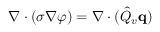
\nabla \cdot ( \sigma \nabla \varphi ) = \nabla \cdot ( \hat { Q } _ { v } \mathbf { q } )